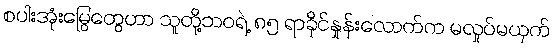
စပါးအုံးမြွေတွေဟာ သူတို့ဘဝရဲ့ ၈၅ ရာခိုင်နှုန်းလောက်က မလှုပ်မယှက်